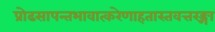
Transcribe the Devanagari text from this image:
प्रोढसापन्तभावात्करेणाहतास्तवत्तरङ्गा